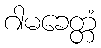
ဂါမခေတ္တံ